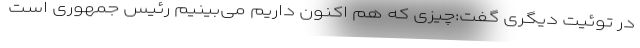
در توئیت دیگری گفت:چیزی که هم اکنون داریم می‌بینیم رئیس جمهوری است